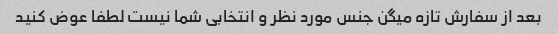
بعد از سفارش تازه میگن جنس مورد نظر و انتخابی شما نیست لطفا عوض کنید